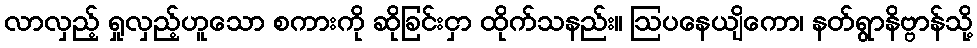
လာလှည့် ရှုလှည့်ဟူသော စကားကို ဆိုခြင်းငှာ ထိုက်သနည်း။ ဩပနေယျိကော၊ နတ်ရွာနိဗ္ဗာန်သို့